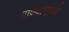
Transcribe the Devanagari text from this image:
गाण्यांमागचे